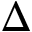
\Delta